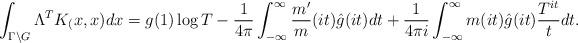
LaTeX: \begin{align*}\int_{\Gamma\backslash G}\Lambda^TK_(x,x)dx= g(1)\log T-\frac{1}{4\pi}\int^\infty_{-\infty}\frac{m'}{m}(it)\hat{g}(it)dt +\frac{1}{4\pi i}\int^\infty_{-\infty}m(it)\hat{g}(it)\frac{T^{it}}{t}dt.\end{align*}